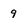
Character: 9